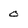
Character: 0